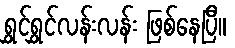
ရွှင်ရွှင်လန်းလန်း ဖြစ်နေပြီ။